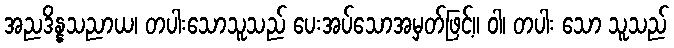
အညဒိန္နသညာယ၊ တပါးသောသူသည် ပေးအပ်သောအမှတ်ဖြင့်။ ဝါ၊ တပါး သော သူသည်